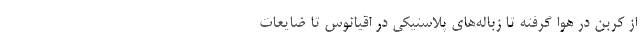
از کربن در هوا گرفته تا زباله‌های پلاستیکی‌ در اقیانوس تا ضایعات